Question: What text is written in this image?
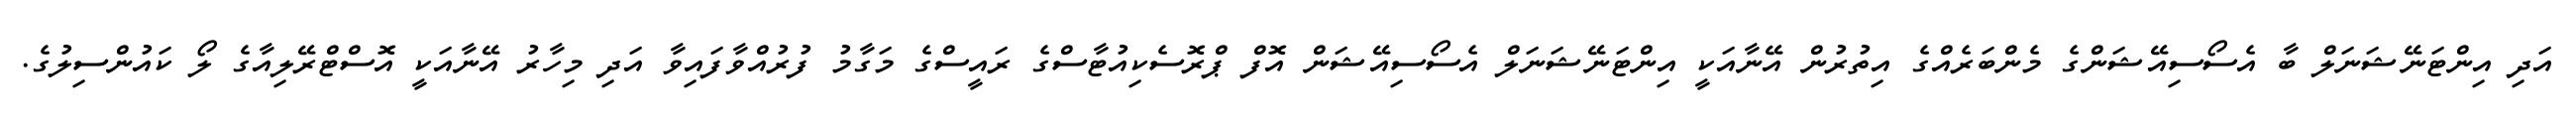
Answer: އަދި އިންޓަނޭޝަނަލް ބާ އެސޯސިއޭޝަންގެ މެންބަރެއްގެ އިތުރުން އޭނާއަކީ އިންޓަނޭޝަނަލް އެސޯސިއޭޝަން އޮފް ޕްރޮސެކިއުޓާސްގެ ރައީސްގެ މަގާމު ފުރުއްވާފައިވާ އަދި މިހާރު އޭނާއަކީ އޮސްޓްރޭލިއާގެ ލޯ ކައުންސިލުގެ.